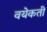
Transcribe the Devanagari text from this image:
वयेकती